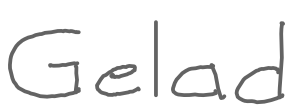
Text: Gelad
Cross-out: clean
Writing tool: digital_gray